Report of the King Institute of Preventive Medicine, Guindy
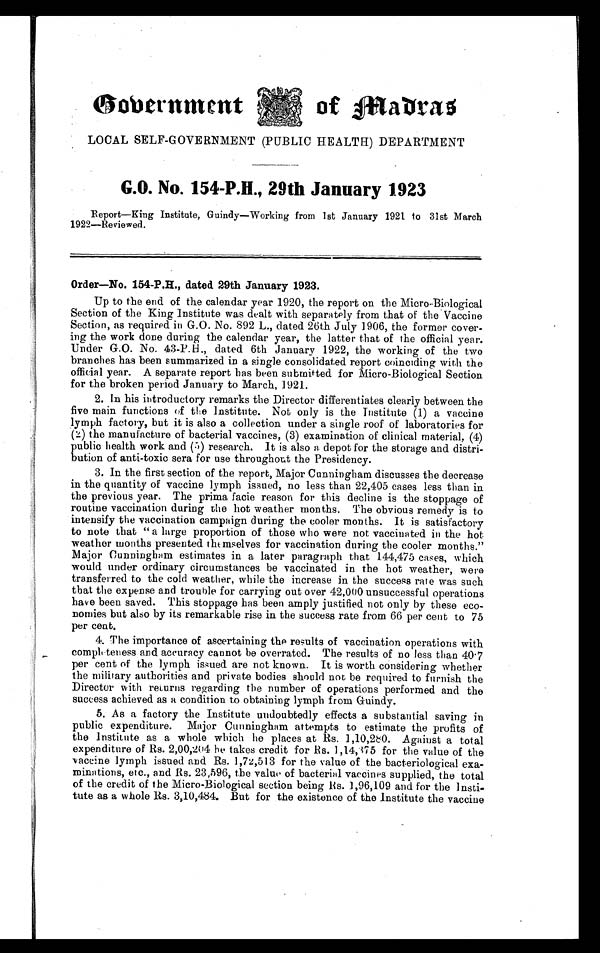
Government
of Madras
LOCAL SELF-GOVERNMENT (PUBLIC HEALTH) DEPARTMENT
G.O. No. 154-P.H., 29th January 1923
Report—King Institute, Guindy—Working from 1st January 1921 to 31st March
1922—Reviewed.
Order—No. 154-P.R., dated 29th January 1923.
Up to the end of the calendar year 1920, the report on the Micro-Biological
Section of the King Institute was dealt with separately from that of the Vaccine
Section, as required in G.O. No. 892 L., dated 26th July 1906, the former cover-
ing the work done during the calendar year, the latter that of the official year.
Under G.O. No. 43-P.H., dated 6th January 1922, the working of the two
branches has been summarized in a single consolidated report coinciding with the
official year. A separate report has been submitted for Micro-Biological Section
for the broken period January to March, 1921.
2. In his introductory remarks the Director differentiates clearly between the
five main functions of the Institute. Not only is the Institute (1) a vaccine
lymph factory, but it is also a collection under a single roof of laboratories for
(2) the manufacture of bacterial vaccines, (3) examination of clinical material, (4)
public health work and (5) research. It is also a depot for the storage and distri-
bution of anti-toxic sera for use throughout the Presidency.
3. In the first section of the report, Major Cunningham discusses the decrease
in the quantity of vaccine lymph issued, no less than 22,405 cases less than in
the previous year. The prima facie reason for this decline is the stoppage of
routine vaccination during the hot weather months. The obvious remedy is to
intensify the vaccination campaign during the cooler months. It is satisfactory
to note that " a large proportion of those who were not vaccinated in the hot
weather months presented themselves for vaccination during the cooler months."
Major Cunningham estimates in a later paragraph that 144,475 cases, which
would under ordinary circumstances be vaccinated in the hot weather, were
transferred to the cold weather, while the increase in the success rate was such
that the expense and trouble for carrying out over 42,000 unsuccessful operations
have been saved. This stoppage has been amply justified not only by these eco-
nomies but also by its remarkable rise in the success rate from 66 per cent to 75
per cent.
4. The importance of ascertaining the results of vaccination operations with
completeness and accuracy cannot be overrated. The results of no less than 40.7
per cent of the lymph issued are not known. It is worth considering whether
the military authorities and private bodies should not be required to furnish the
Director with returns regarding the number of operations performed and the
success achieved as a condition to obtaining lymph from Guindy.
5. As a factory the Institute undoubtedly effects a substantial saving in
public expenditure. Major Cunningham attempts to estimate the profits of
the Institute as a whole which he places at Rs. 1,10,280. Against a total
expenditure of Rs. 2,00,204 he takes credit for Rs. 1,14,375 for the value of the
vaccine lymph issued and Rs. 1,72,513 for the value of the bacteriological exa-
minations, etc., and Rs. 23,596, the value of bacterial vaccines supplied, the total
of the credit of the Micro-Biological section being Rs. 1,96,109 and for the Insti-
tute as a whole Rs. 3,10,484. But for the existence of the Institute the vaccine